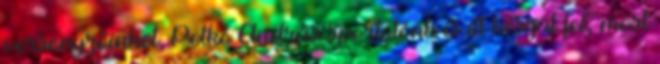
versenyzőinket. Petkó András sportolónk is itt készül fel, most